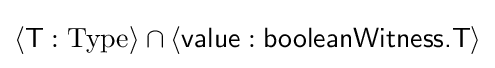
\langle {\textsf {T}}:{\text{Type}}\rangle \cap \langle {\textsf {value}}:{\textsf {booleanWitness.T}}\rangle